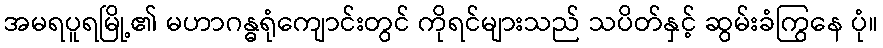
အမရပူရမြို့၏ မဟာဂန္ဓရုံကျောင်းတွင် ကိုရင်များသည် သပိတ်နှင့် ဆွမ်းခံကြွနေ ပုံ။